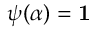
\boldsymbol { \psi } ( \alpha { } ) = \mathbf { 1 } { }